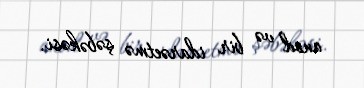
anod və bir idarəetmə şəbəkəsi.